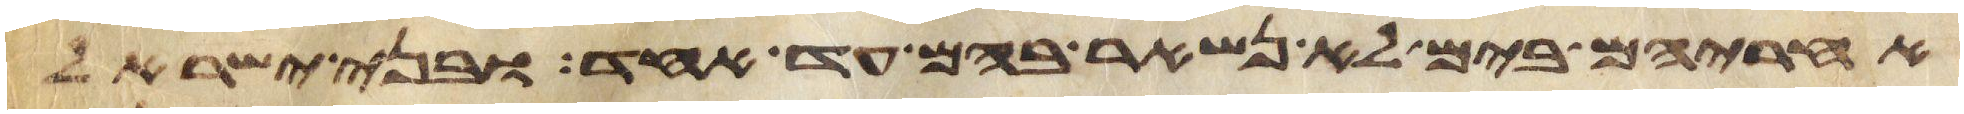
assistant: אחריהם בים לא נשאר בהם עד אחד ובני ישראל